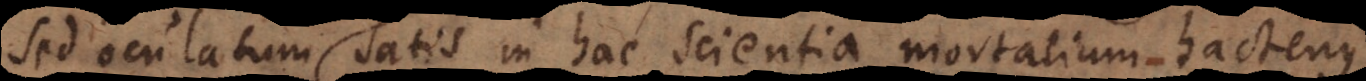
sed oculatum satis in hac scientia mortalium hactenus